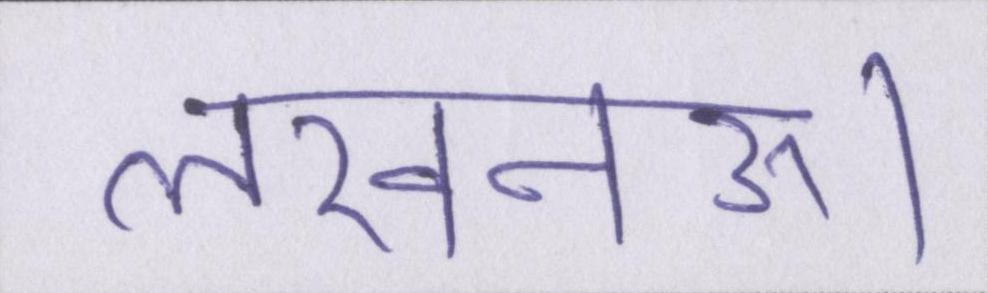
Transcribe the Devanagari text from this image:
लखनऊ।